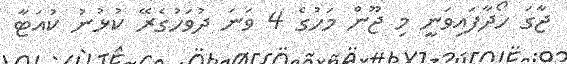
ޖާގަ ހޯދާފައިވަނީ މި ޖޫން މަހުގެ 4 ވަނަ ދުވަހުގެރޭ ކުޅުނު ކުއަޓާ